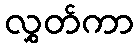
လွှတ်ကာ